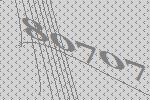
80707